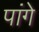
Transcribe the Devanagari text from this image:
पांगे